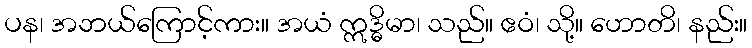
ပန၊ အဘယ်ကြောင့်ကား။ အယံ ဣဒ္ဓိမာ၊ သည်။ ဧဝံ၊ သို့။ ဟောတိ၊ နည်း။